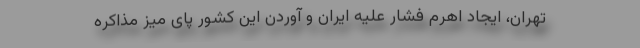
تهران، ایجاد اهرم فشار علیه ایران و آوردن این کشور پای میز مذاکره